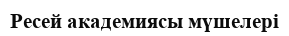
Ресей академиясы мүшелері